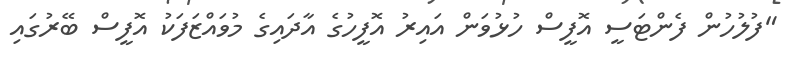
"ފުލުހުން ފެންޓަސީ އޮފީސް ހުޅުވަން އައިރު އޮފީހުގެ އާދައިގެ މުވައްޒަފަކު އޮފީސް ބޭރުގައި